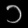
Digit: ၁